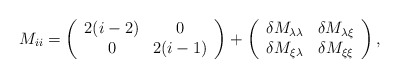
\begin{align*}M_{ii}=\left(\begin{array}{c c}2(i-2)&0\\0&2(i-1)\\\end{array}\right)+\left(\begin{array}{c c}\delta M_{\lambda\lambda}&\delta M_{\lambda\xi}\\\delta M_{\xi\lambda}&\delta M_{\xi\xi}\\\end{array}\right),\end{align*}